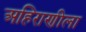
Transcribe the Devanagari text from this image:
अहिराणीला